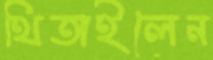
থিতাইলেন